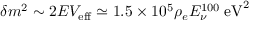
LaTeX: \delta m ^ { 2 } \sim 2 E V _ { \mathrm { e f f } } \simeq 1 . 5 \times 1 0 ^ { 5 } \rho _ { e } E _ { \nu } ^ { 1 0 0 } \; \mathrm { e V } ^ { 2 }